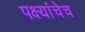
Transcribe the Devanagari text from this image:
पक्ष्यांचेच